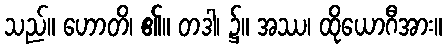
သည်။ ဟောတိ၊ ၏။ တဒါ၊ ၌။ အဿ၊ ထိုယောဂီအား။